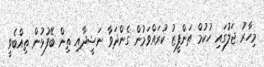
މިހާރު ޖަލުގައި ހުކުމް ތަންފީޒު ކުރައްވަމުން ގެންދަވާ ނަޝީދާއި ތިން ބޭފުޅުން ތިއްބެވީ